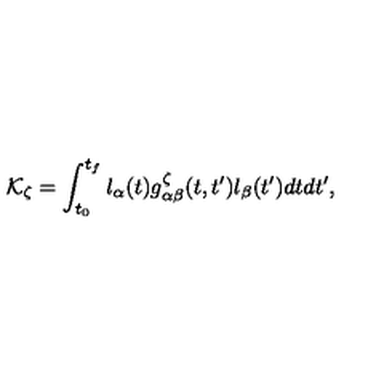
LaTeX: { \cal K } _ { \zeta } = \int _ { t _ { 0 } } ^ { t _ { f } } l _ { \alpha } ( t ) g _ { \alpha \beta } ^ { \zeta } ( t , t ^ { \prime } ) l _ { \beta } ( t ^ { \prime } ) d t d t ^ { \prime } ,